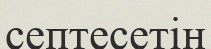
септесетін